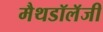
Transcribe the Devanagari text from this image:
मैथडॉलॅजी